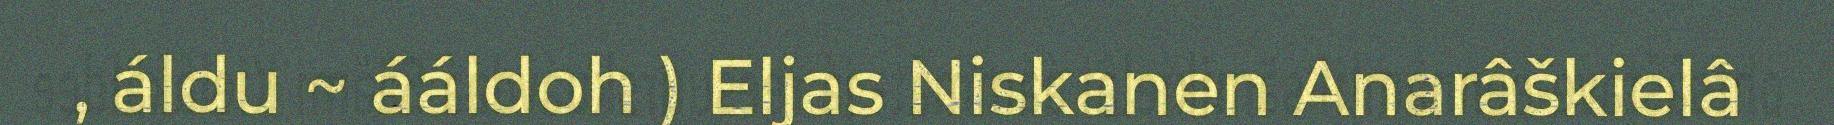
, áldu ~ ááldoh ) Eljas Niskanen Anarâškielâ